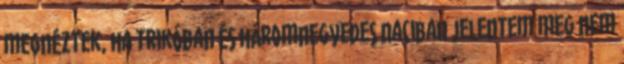
megnéztek, ha trikóban és háromnegyedes naciban jelentem meg nem